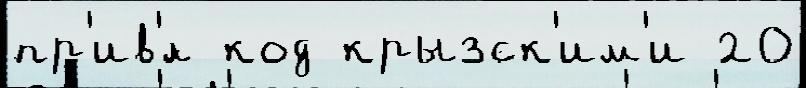
пр'ив'́л код крызск'им'и 20